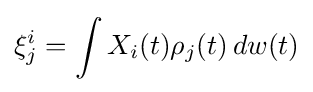
\xi _{j}^{i}=\int X_{i}(t)\rho _{j}(t)\,dw(t)